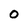
Character: 0